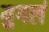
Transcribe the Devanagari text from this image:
युगलं